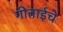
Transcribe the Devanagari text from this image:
गीताईचे